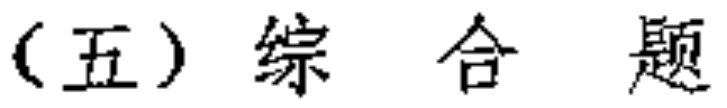
（五）综合题